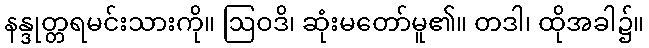
နန္ဒုတ္တရမင်းသားကို။ ဩဝဒိ၊ ဆုံးမတော်မူ၏။ တဒါ၊ ထိုအခါ၌။